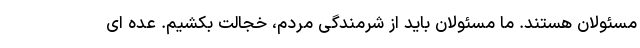
مسئولان هستند. ما مسئولان باید از شرمندگی مردم، خجالت بکشیم. عده ای